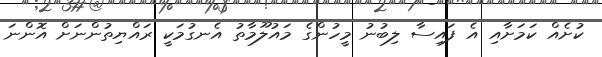
ކުށެއް ކަމަށާއި އެ ފައިސާ ލިބުނު މީހުންގެ މައުލޫމާތު އެނގުމަކީ ރައްޔިތުންނަށް އޮންނަ